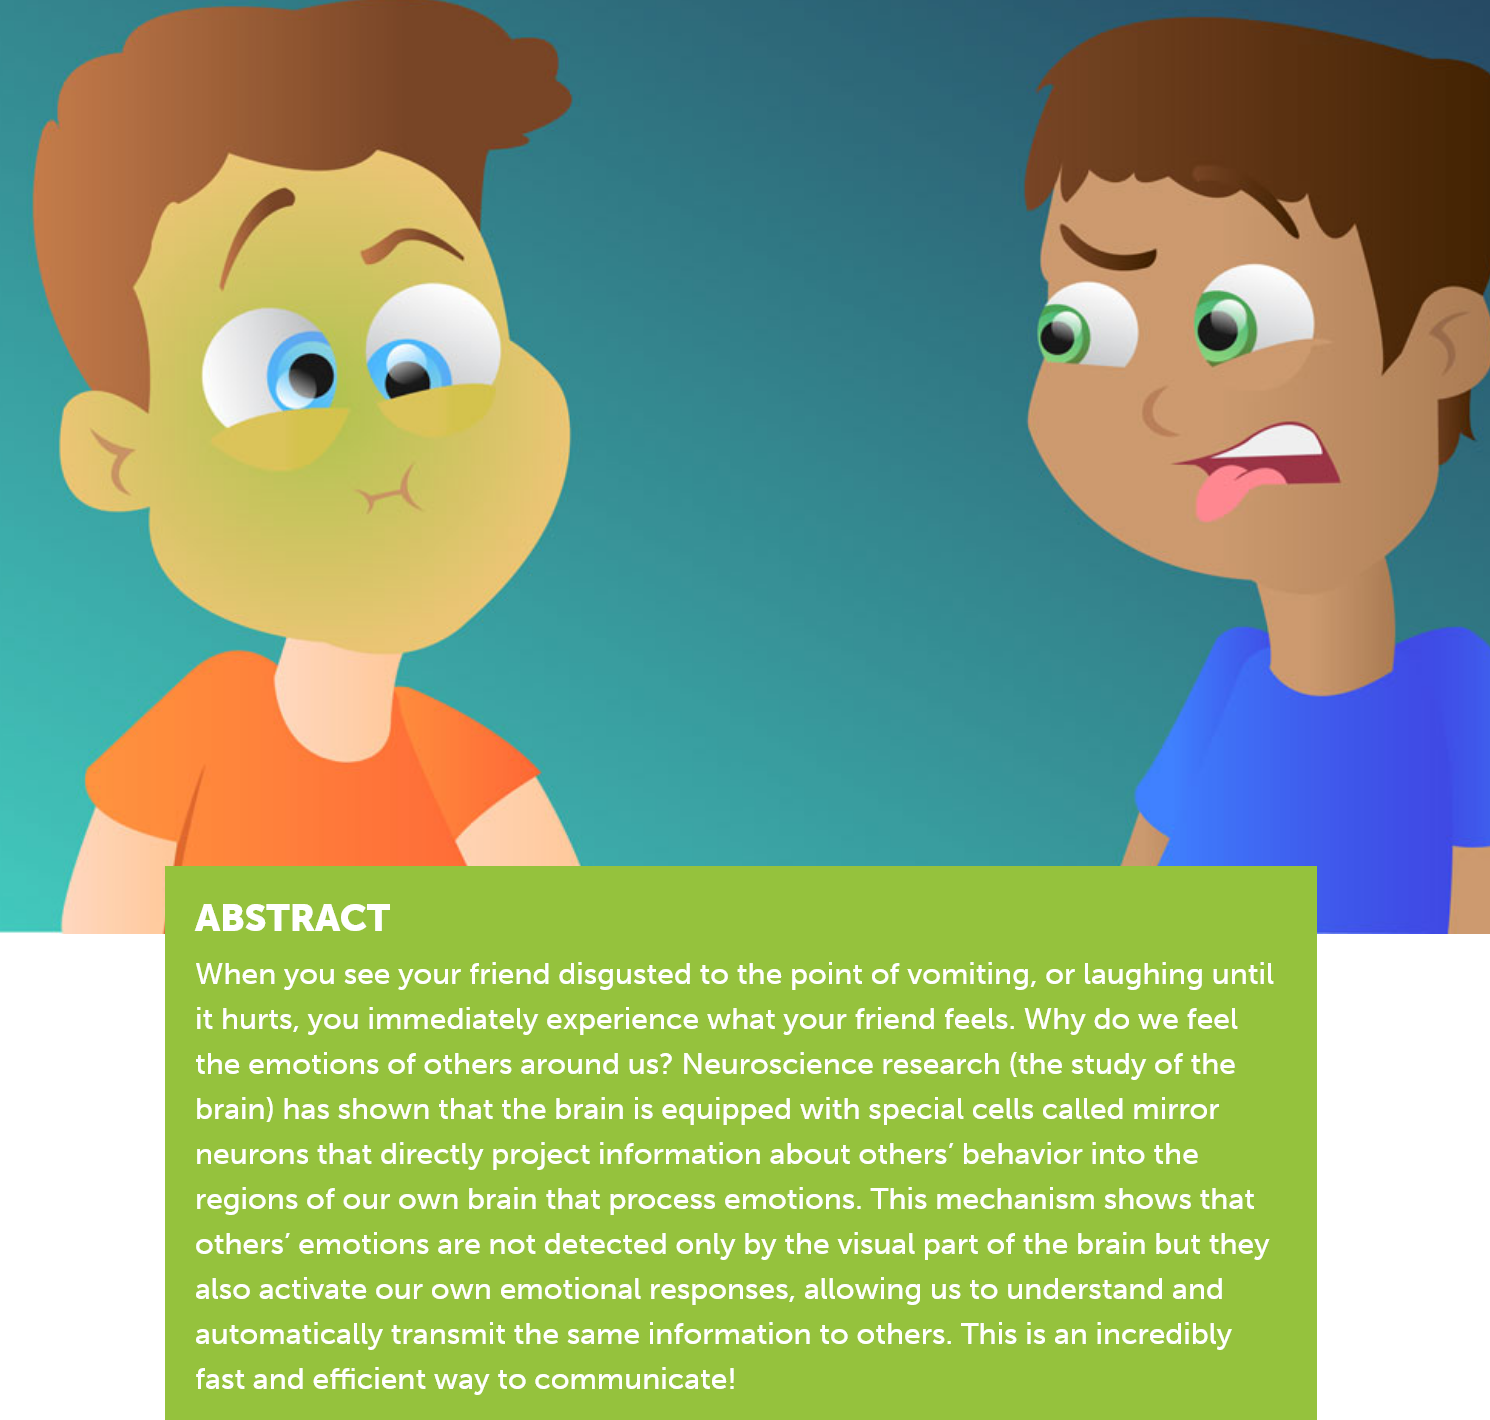
ABSTRACT
     When you see your friend disgusted to the point of vomiting, or laughing until
     it hurts, you immediately experience what your friend feels. Why do we feel
     the emotions of others around us? Neuroscience research (the study of the
     brain) has shown that the brain is equipped with special cells called mirror
     neurons that directly project information about others’ behavior into the
     regions of our own brain that process emotions. This mechanism shows that
     others’ emotions are not detected only by the visual part of the brain but they
     also activate our own emotional responses, allowing us to understand and
     automatically transmit the same information to others. This is an incredibly
     fast and efficient way to communicate!